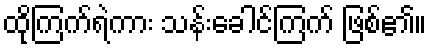
ထိုကြက်ရဲကား သန်းခေါင်ကြက် ဖြစ်၏။